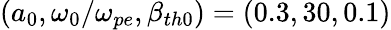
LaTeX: (a_{0},\omega_{0}/\omega_{pe},\beta_{th0})=(0.3,30,0.1)